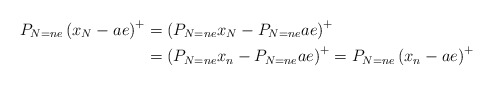
\begin{align*}P_{N=ne}\left( x_{N}-ae\right) ^{+} & =\left( P_{N=ne}x_{N}-P_{N=ne}ae\right) ^{+}\\& =\left( P_{N=ne}x_{n}-P_{N=ne}ae\right) ^{+}=P_{N=ne}\left(x_{n}-ae\right) ^{+}\end{align*}